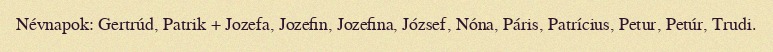
Névnapok: Gertrúd, Patrik + Jozefa, Jozefin, Jozefina, József, Nóna, Páris, Patrícius, Petur, Petúr, Trudi.